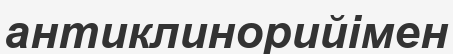
антиклинорийімен